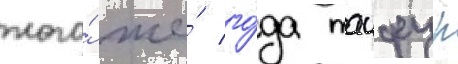
того́ же́ го́да таифур